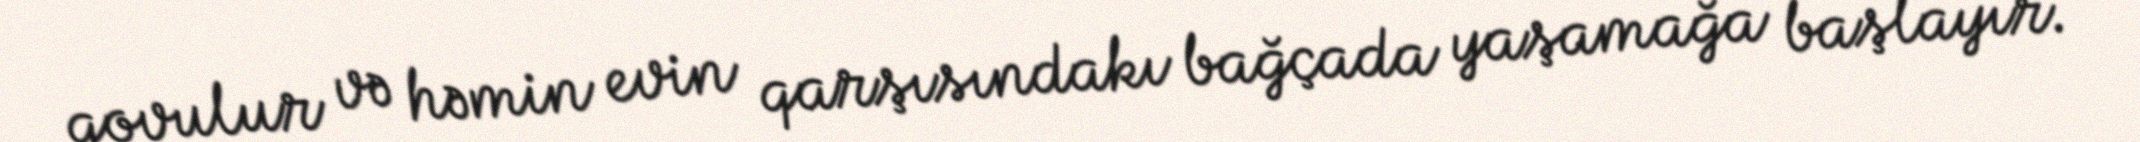
qovulur və həmin evin qarşısındakı bağçada yaşamağa başlayır.